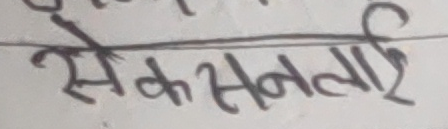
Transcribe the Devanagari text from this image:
सेकसनलाई